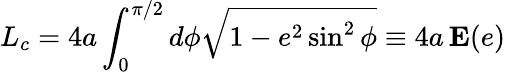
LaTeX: L_{c}=4a\int_{0}^{\pi/2}d\phi\sqrt{1-e^{2}\sin^{2}\phi}\equiv 4a\, \mathbf{E}(e)